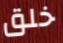
خلق